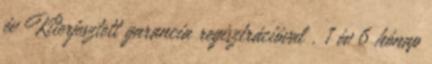
év Kiterjesztett garancia regisztrációval . 1 év 6 hónap